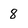
Character: 8